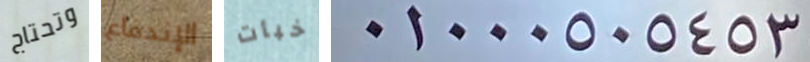
وتحتاج الإندفاع خبأت 01000505453